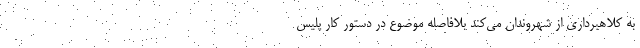
به کلاهبرداری از شهروندان می‌کند بلافاصله موضوع در دستور کار پلیس